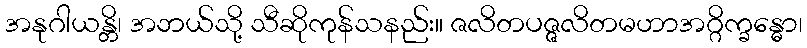
အနုဂါယန္တိ၊ အဘယ်သို့ သီဆိုကုန်သနည်း။ ဇလိတပဇ္ဇလိတမဟာအဂ္ဂိက္ခန္ဓော၊